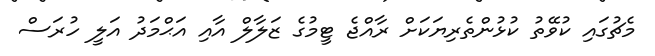
މެޗުގައި ކުވޭތު ކުޅުންތެރިޔަކަށް ރާއްޖެ ޓީމުގެ ޒަލާލް އާއި އަޙްމަދު އަލީ ހުރަސް